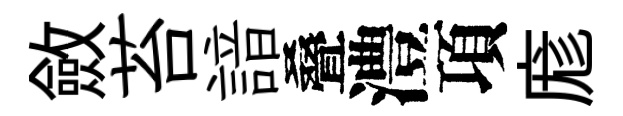
斂苔諳叠澧項庬